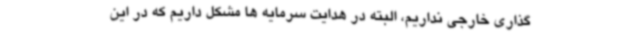
گذاری خارجی نداریم، البته در هدایت سرمایه ها مشکل داریم که در این